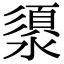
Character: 澃